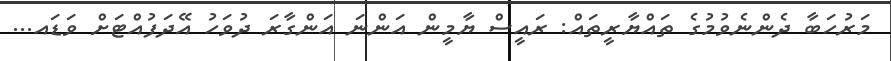
މަރުހަބާ ދެންނެވުމުގެ ތައްޔާރީތައް: ރައީސް ޔާމީން އަންނަ އަންގާރަ ދުވަހު އޭދަފުއްޓަށް ވަޑައ...